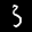
Label: 3